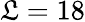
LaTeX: \mathfrak{L}=18